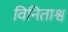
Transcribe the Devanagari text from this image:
विनिताश्व